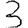
Digit: 3